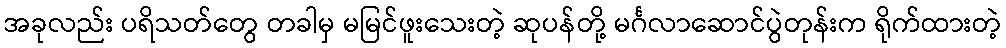
အခုလည်း ပရိသတ်တွေ တခါမှ မမြင်ဖူးသေးတဲ့ ဆုပန်တို့ မင်္ဂလာဆောင်ပွဲတုန်းက ရိုက်ထားတဲ့